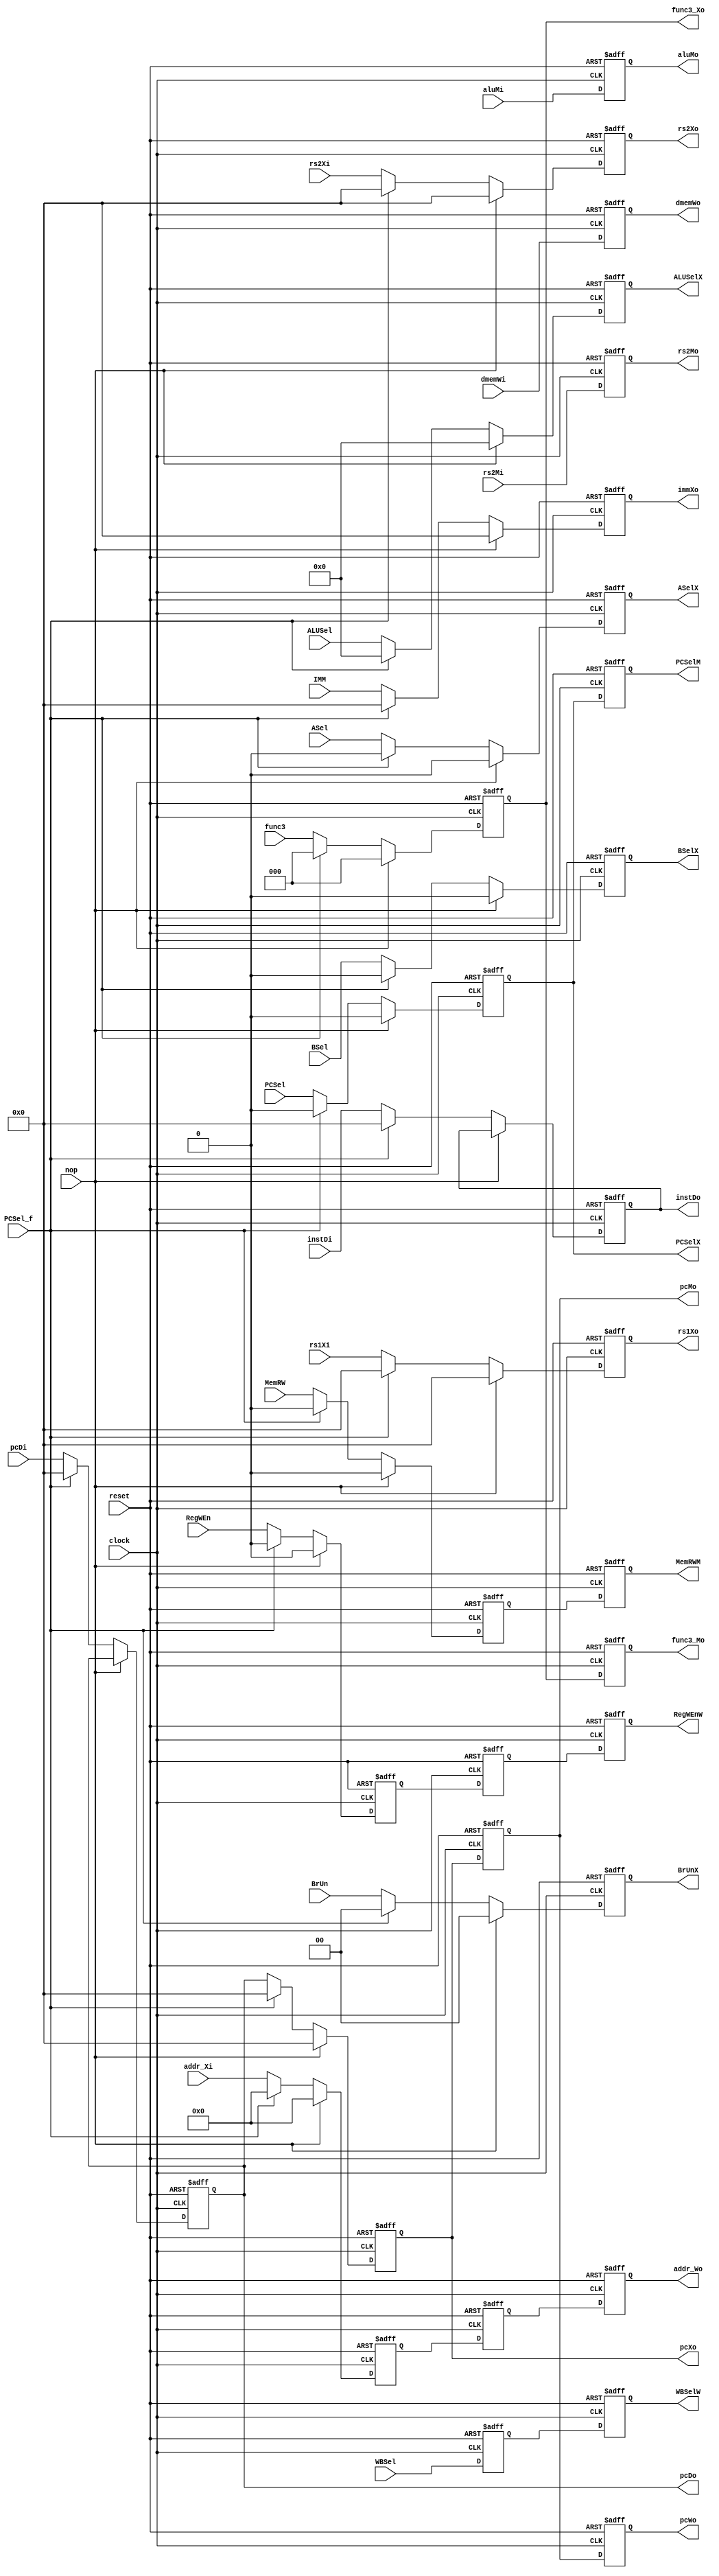

module pipeline_regs(

    input  wire clock,
    input  wire reset,
    input  wire nop,

    input  wire PCSel_f,// PCSel considering forwarding
    input  wire PCSel, //select PC_res pc+4 = 0, alu = 1
    input  wire [1:0] BrUn,
    input  wire RegWEn, // register read write read = 0, write = 1
    input  wire BSel, // select dataB(data_rs2)=0  or Immediate=1
    input  wire ASel, // select dataA(datars1)=0 or PC=1
    input  wire MemRW, // select dmemory RW  read = 0, write = 1
    input  wire [1:0]WBSel, //select wb  DataR = 0, alu = 1, pc+4 = 2
    input  wire [3:0]ALUSel,
    input  wire [31:0]IMM,
    input  wire [2:0] func3,
   
    input  wire [31:0] pcDi,
    input  wire [31:0] instDi,
    input  wire [31:0] rs1Xi,
    input  wire [31:0] rs2Xi,
    input  wire [4:0]  addr_Xi,
    input  wire [31:0] aluMi,
    input  wire [31:0] rs2Mi,
    input  wire [31:0] dmemWi,


    
    output reg BSelX, // select dataB(data_rs2)=0  or Immediate=1
    output reg ASelX, // select dataA(datars1)=0 or PC=1
    output reg MemRWM, // select dmemory RW  read = 0, write = 1
    output reg PCSelX, //select PC_res pc+4 = 0, alu = 1
    output reg [1:0]BrUnX,
    output reg PCSelM, //select PC_res pc+4 = 0, alu = 1
    output reg RegWEnW, // register read write read = 0, write = 1
    output reg [1:0]WBSelW, //select wb  DataR = 0, alu = 1, pc+4 = 2
    output reg [3:0]ALUSelX,
    output reg [2:0] func3_Xo,
    output reg [2:0]func3_Mo,

    output reg [31:0] pcDo,
    output reg [31:0] instDo,
    output reg [31:0] pcXo,
    output reg [31:0] rs1Xo,
    output reg [31:0] rs2Xo,
    output reg [31:0] immXo,
    output reg [31:0] pcMo,
    output reg [31:0] aluMo,
    output reg [31:0] rs2Mo,
    output reg [31:0] dmemWo,
    output reg [4:0]  addr_Wo,
    output reg [31:0] pcWo



);

///internal regs
    
    reg [4:0]  addr_Xo;
    reg [4:0]  addr_Mo;
    
  

   
    reg RegWEnX; // register read write read = 0, write = 1
    reg MemRWX; // select dmemory RW  read = 0, write = 1
    //reg [1:0]WBSelX; //select wb  DataR = 0, alu = 1, pc+4 = 2
    
    //reg PCSelM; //select PC_res pc+4 = 0, alu = 1
    reg RegWEnM; // register read write read = 0, write = 1
    reg [1:0]WBSelM; //select wb  DataR = 0, alu = 1, pc+4 = 2




 //Sequential logic for write input
  always @(posedge clock or posedge reset) begin

    if(reset) begin  //might have to have separate reset for nop

        BSelX <= 0;
        ASelX <= 0;
        MemRWM <= 0;
        //PCSelW <= 0;
        RegWEnW <= 0;
        WBSelW <= 0;
        ALUSelX <= 0;
        func3_Xo <= 0;

        PCSelX <= 0;
        BrUnX <= 0;
        RegWEnX <= 0;
        MemRWX <= 0;
        //WBSelX <= 0;
        PCSelM <= 0;
        RegWEnM <= 0;
        WBSelM <= 0;
        func3_Mo <= 0;

        instDo <= 0;
        pcXo <= 0;
        rs1Xo <= 0;
        rs2Xo <= 0;
        immXo <= 0;
        pcMo <= 0;
        aluMo <= 0;
        rs2Mo <= 0;
        dmemWo <= 0;
        addr_Wo <= 0;

        pcDo <= 0;
        addr_Xo <= 0;
        addr_Mo <= 0;
        pcWo <= 0;
    




    end
    else if (nop) begin
        
        //PCSelW  <= PCSelM;
        RegWEnW  <= RegWEnM;
        WBSelW  <= WBSelM;
        pcWo <= pcMo;
    
        MemRWM  <= MemRWX;
        PCSelM  <= PCSelX;
        RegWEnM  <= RegWEnX;
        WBSelM  <= WBSel;
        func3_Mo  <= func3_Xo;     
        
        BSelX  <= 0;
        ASelX  <= 0;
        ALUSelX  <= 0;
        PCSelX  <= 0;
        BrUnX <= 0;
        RegWEnX  <= 0;
        MemRWX  <= 0;
        //WBSelX  <= 0;

        dmemWo  <= dmemWi;
        addr_Wo  <= addr_Mo;

        pcMo  <= pcXo;
        aluMo  <= aluMi;
        rs2Mo  <= rs2Mi;

        pcXo  <= 0;
        rs1Xo  <= 0;
        rs2Xo  <= 0;
        immXo  <= 0;

 
        addr_Mo  <= addr_Xo;
        addr_Xo  <= 0;
        func3_Xo  <= 0;

        //instDo  <= instDi;
        //pcDo  <= pcDi; 



    end
    else if (PCSel_f) begin
        
        // PCSelW  <= PCSelM;
        RegWEnW  <= RegWEnM;
        WBSelW  <= WBSelM;
        pcWo <= pcMo;
    
        MemRWM  <= MemRWX;
        PCSelM  <= PCSelX;
        RegWEnM  <= RegWEnX;
        WBSelM  <= WBSel;
        func3_Mo  <= func3_Xo;     
        
        BSelX  <= 0;
        ASelX  <= 0;
        ALUSelX  <= 0;
        PCSelX  <= 0;
        BrUnX <= 0;
        RegWEnX  <= 0;;
        MemRWX  <= 0;
       // WBSelX  <= 0;

        dmemWo  <= dmemWi;
        addr_Wo  <= addr_Mo;

        pcMo  <= pcXo;
        aluMo  <= aluMi;
        rs2Mo  <= rs2Mi;

        pcXo  <= 0;
        rs1Xo  <= 0;
        rs2Xo  <= 0;
        immXo  <= 0;

        instDo  <= 0;
        pcDo  <= 0; 
        
        addr_Mo  <= addr_Xo;
        addr_Xo  <= 0;
        func3_Xo  <= 0;
    end

    else begin
    
       // PCSelW  <= PCSelM;
        RegWEnW  <= RegWEnM;
        WBSelW  <= WBSelM;
        pcWo <= pcMo;
    
        MemRWM  <= MemRWX;
        PCSelM  <= PCSelX;
        RegWEnM  <= RegWEnX;
        WBSelM  <= WBSel;
        func3_Mo  <= func3_Xo;     
        
        BSelX  <= BSel;
        ASelX  <= ASel;
        ALUSelX  <= ALUSel;
        PCSelX  <= PCSel;
        BrUnX <= BrUn;
        RegWEnX  <= RegWEn;
        MemRWX  <= MemRW;
       // WBSelX  <= WBSel;

        dmemWo  <= dmemWi;
        addr_Wo  <= addr_Mo;

        pcMo  <= pcXo;
        aluMo  <= aluMi;
        rs2Mo  <= rs2Mi;

        pcXo  <= pcDo;
        rs1Xo  <= rs1Xi;
        rs2Xo  <= rs2Xi;
        immXo  <= IMM;

        instDo  <= instDi;

        pcDo  <= pcDi; 
        addr_Mo  <= addr_Xo;
        addr_Xo  <= addr_Xi;
        func3_Xo  <= func3;

    end


   
   


 end
  

endmodule